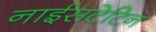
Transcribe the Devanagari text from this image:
नाईसटेटिन